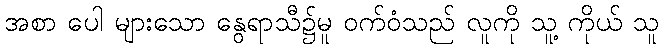
အစာ ပေါ များသော နွေရာသီ၌မူ ဝက်ဝံသည် လူကို သူ့ ကိုယ် သူ